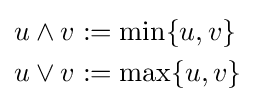
{\begin{aligned}u\wedge v&:=\min\{u,v\}\\u\vee v&:=\max\{u,v\}\end{aligned}}